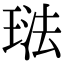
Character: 琺